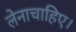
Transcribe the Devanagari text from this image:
लेनाचाहिए।